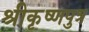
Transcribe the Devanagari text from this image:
श्रीकृष्णपुत्र